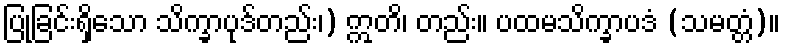
ပြုခြင်းရှိသော သိက္ခာပုဒ်တည်း၊) ဣတိ၊ တည်း။ ပထမသိက္ခာပဒံ (သမတ္တံ)။